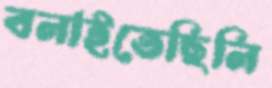
বলাইতেছিলি